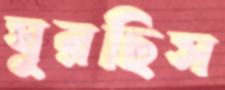
ঘুরছিস